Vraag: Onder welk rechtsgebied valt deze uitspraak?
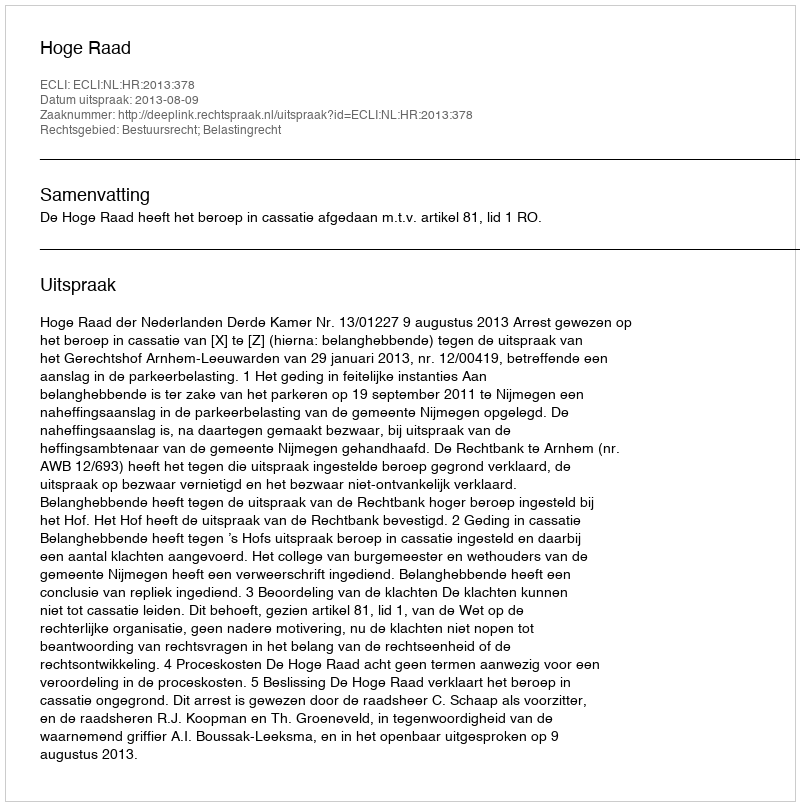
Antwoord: Bestuursrecht; Belastingrecht